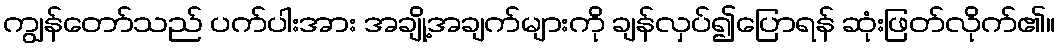
ကျွန်တော်သည် ပက်ပါးအား အချို့အချက်များကို ချန်လှပ်၍ပြောရန် ဆုံးဖြတ်လိုက်၏။